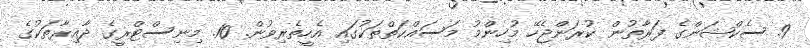
9. ސެކްޝަންގެ ފަރާތުން ކުރަންޖެހޭ މުހިންމު މަސައްކަތްތަކުގައި އެހީތެރިވުން. 10. މިނިސްޓްރީގެ ދާއިރާތަކުގެ